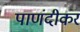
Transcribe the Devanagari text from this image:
पाणंदीकर